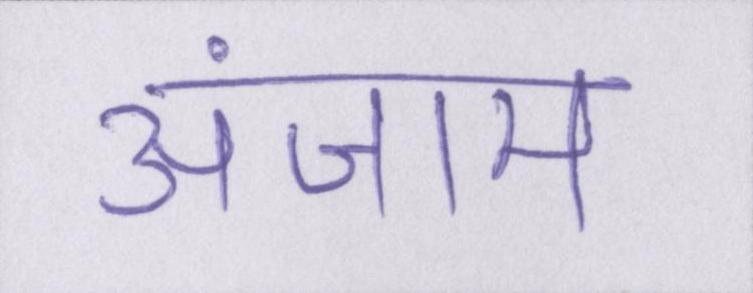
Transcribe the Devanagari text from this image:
अंजाम